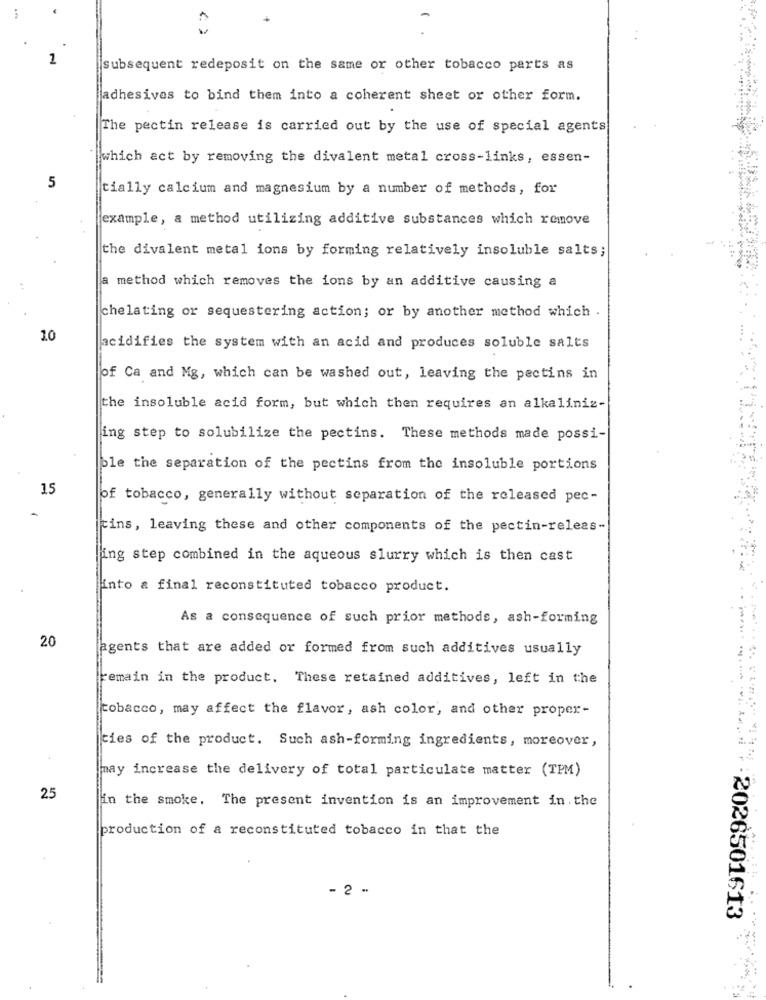
1
subsequent redeposit on the same or other tobacco parts as
adhesives to bind them into a coherent sheet or other form.
The pectin release is carried out by the use of special agents
which act by removing the divalent metal cross-links, essen-
5
tially calcium and magnesium by a number of methods, for
jexample, a method utilizing additive substances which remove
the divalent metal ions by forming relatively insoluble salts;
a method which removes the ions by an additive causing a
chelating or sequestering action; or by another method which .
10
acidifies the system with an acid and produces soluble salts
of Ca and Mg, which can be washed out, leaving the pectins in
the insoluble acid form, but which then requires an alkaliniz-
ing step to solubilize the pectins. These methods made possi-
ple the separation of the pectins from the insoluble portions
15
of tobacco, generally without separation of the released pec-
kins, leaving these and other components of the pectin-releas-
ling step combined in the aqueous slurry which is then cast
into a final reconstituted tobacco product.
As a consequence of such prior methods, ash-forming
20
agents that are added or formed from such additives usually
remain in the product. These retained additives, left in the
tobacco, may affect the flavor, ash color, and other proper-
------
cies of the product. Such ash-forming ingredients, moreover,
may increase the delivery of total particulate matter (TPM)
25
in the smoke. The present invention is an improvement in. the
production of a reconstituted tobacco in that the
- 2 -
:2026501613